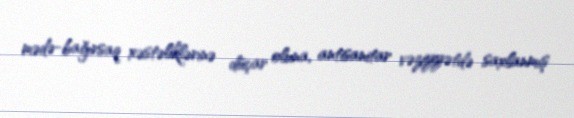
mədə-bağırsaq xəstəliklərinə düçar oluna, antisanitar vəziyyətdə saxlanmış